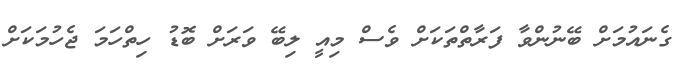
ގެނައުމަށް ބޭނުންވާ ފަރާތްތަކަށް ވެސް މިއީ ލިބޭ ވަރަށް ބޮޑު ހިތްހަމަ ޖެހުމަކަށް